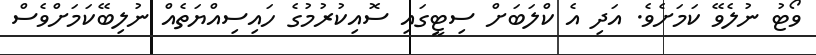
ވޯޓު ނުލެވޭ ކަމަށެވެ. އަދި އެ ކްލަބަށް ސިޓީގައި ސޮއިކުރުމުގެ ހައިސިއްޔަތެއް ނުލިބޭކަމަށްވެސް